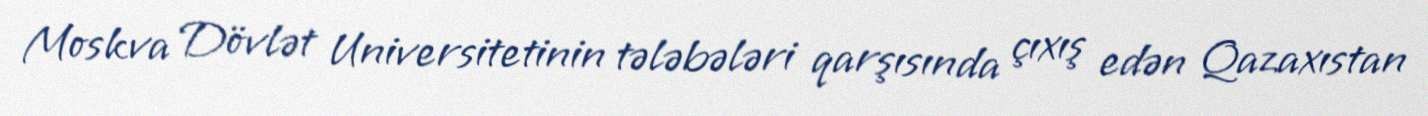
Moskva Dövlət Universitetinin tələbələri qarşısında çıxış edən Qazaxıstan